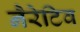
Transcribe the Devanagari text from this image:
नैरेटिव